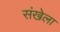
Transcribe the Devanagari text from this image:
संखेला